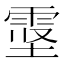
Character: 𱁖